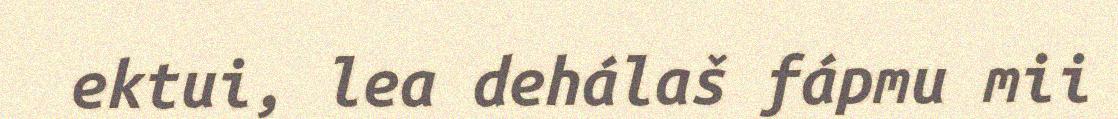
ektui, lea dehálaš fápmu mii